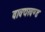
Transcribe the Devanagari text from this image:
वाक्यखण्ड